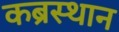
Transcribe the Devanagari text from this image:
कब्रस्थान